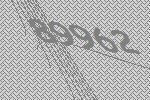
89962